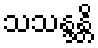
သသန္ဒန္တိ